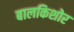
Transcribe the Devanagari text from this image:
बालकिशोर